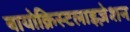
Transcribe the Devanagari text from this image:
बायोक्रिस्टलाइज़ेशन